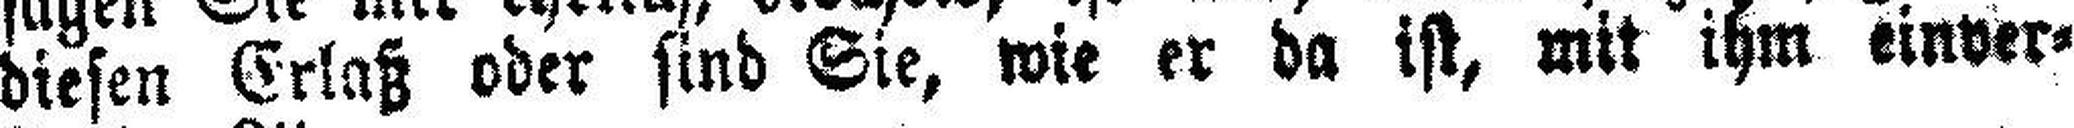
diesen Erlaß oder sind Sie, wir er da ist, mit ihm einver¬